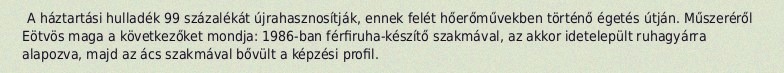
A háztartási hulladék 99 százalékát újrahasznosítják, ennek felét hőerőművekben történő égetés útján. Műszeréről Eötvös maga a következőket mondja: 1986-ban férfiruha-készítő szakmával, az akkor idetelepült ruhagyárra alapozva, majd az ács szakmával bővült a képzési profil.